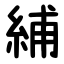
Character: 䋠